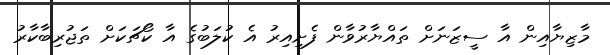
މާޒިޔާއިން އާ ސީޒަނަށް ތައްޔާރުވާން ފެށިއިރު އެ ކުލަބުގެ އާ ކޯޗަކަށް ތަޖުރިބާކާރު